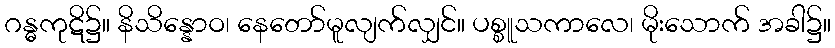
ဂန္ဓကုဋိ၌။ နိသိန္နောဝ၊ နေတော်မူလျက်လျှင်။ ပစ္စူသကာလေ၊ မိုးသောက် အခါ၌။